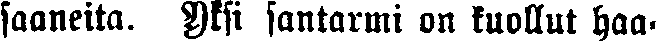
saaneita. Yksi santarmi on kuollut haa-